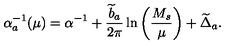
\alpha _ { a } ^ { - 1 } ( \mu ) = \alpha ^ { - 1 } + { \frac { { \widetilde b } _ { a } } { 2 \pi } } \ln \left( { \frac { M _ { s } } { \mu } } \right) + { \widetilde \Delta } _ { a } .